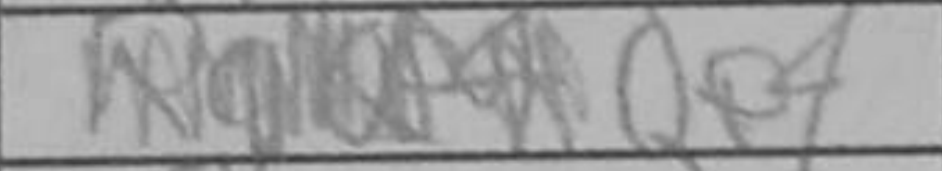
Transcription: Qe4